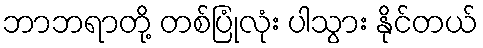
ဘာဘရာတို့ တစ်ပြုံလုံး ပါသွား နိုင်တယ်